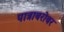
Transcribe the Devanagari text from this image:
पात्राबरोबर